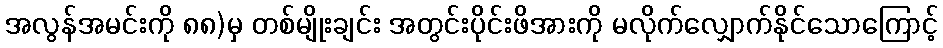
အလွန်အမင်းကို ၈၈)မှ တစ်မျိုးချင်း အတွင်းပိုင်းဖိအားကို မလိုက်လျှောက်နိုင်သောကြောင့်